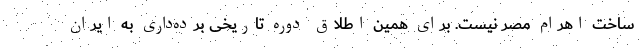
ساخت اهرام مصر نیست. برای همین اطلاق دوره تاریخی برده‌داری به ایران